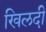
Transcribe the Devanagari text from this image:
खिलदी